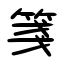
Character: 箋